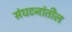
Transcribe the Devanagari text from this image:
संघटनांतील